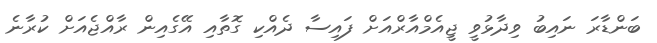
ބަންޑާރަ ނައިބު ވިދާޅުވީ ޖީއެމްއާރްއަށް ފައިސާ ދެއްކި ގޮތާއި އޭގެއިން ރާއްޖެއަށް ކުރާނެ